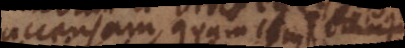
accensam, quam cum